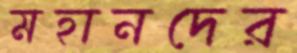
মহানদের